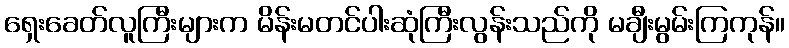
ရှေးခေတ်လူကြီးများက မိန်းမတင်ပါးဆုံကြီးလွန်းသည်ကို မချီးမွမ်းကြကုန်။